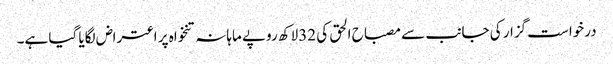
درخواست گزار کی جانب سے مصباح الحق کی 32لاکھ روپے ماہانہ تنخواہ پر اعتراض لگایا گیا ہے۔